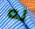
له